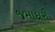
જમાદારી